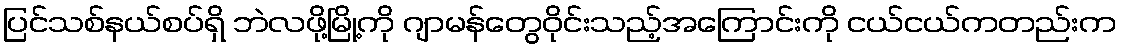
ပြင်သစ်နယ်စပ်ရှိ ဘဲလဖို့မြို့ကို ဂျာမန်တွေဝိုင်းသည့်အကြောင်းကို ငယ်ငယ်ကတည်းက